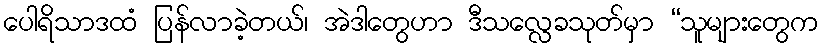
ပေါရိသာဒထံ ပြန်လာခဲ့တယ်၊ အဲဒါတွေဟာ ဒီသလ္လေခသုတ်မှာ “သူများတွေက